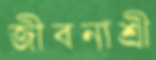
জীবনাশ্রী